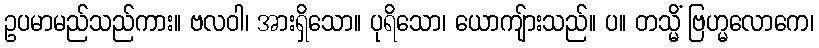
ဥပမာမည်သည်ကား။ ဗလဝါ၊ အားရှိသော။ ပုရိသော၊ ယောကျ်ားသည်။ ပ။ တသ္မိံ ဗြဟ္မလောကေ၊